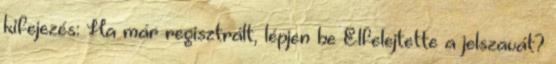
kifejezés: Ha már regisztrált, lépjen be Elfelejtette a jelszavát?